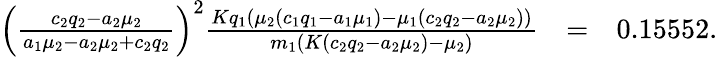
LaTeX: \begin{array}{rlr}{\left(\frac{c_{2}q_{2}-a_{2}\mu_{2}}{a_{1}\mu_{2}-a_{2}\mu_{2}+c_{2}q_{2}}\right)^{2}\frac{Kq_{1}(\mu_{2}(c_{1}q_{1}-a_{1}\mu_{1})-\mu_{1}(c_{2}q_{2}-a_{2}\mu_{2}))}{m_{1}(K(c_{2}q_{2}-a_{2}\mu_{2})-\mu_{2})}}&{=}&{0.15552.}\end{array}